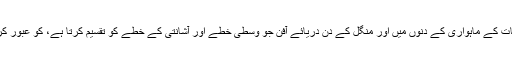
آکرہ (آج کل نیوز) گھانا کے ایک علاقے میں طالبات کے ماہواری کے دنوں میں اور منگل کے دن دریائے آفن جو وسطی خطے اور آشانتی کے خطے کو تقسیم کرتا ہے، کو عبور کر کے سکول جانے پر پابندی عائد کر دی گئی ہے۔